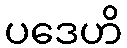
ပဒေဟိ